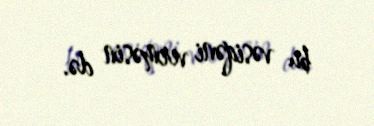
bu vəsiqəni verməsin də.